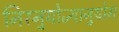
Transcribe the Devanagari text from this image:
निरनुयोज्यानुयोग